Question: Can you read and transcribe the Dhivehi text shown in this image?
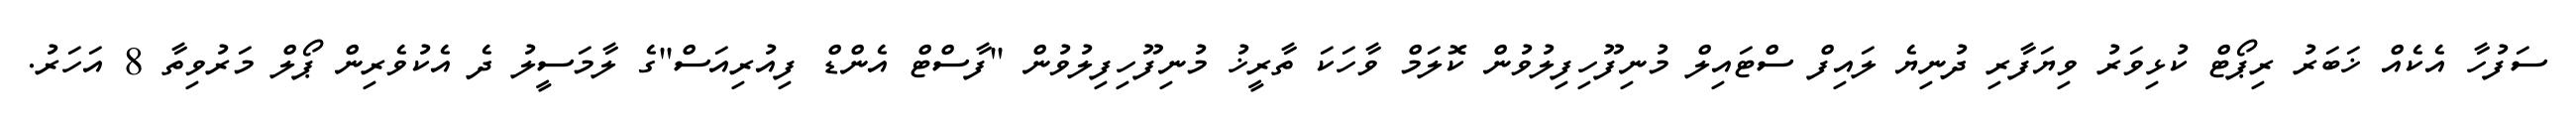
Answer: ސަފުހާ އެކެއް ޚަބަރު ރިޕޯޓް ކުޅިވަރު ވިޔަފާރި ދުނިޔެ ލައިފް ސްޓައިލް މުނިފޫހިފިލުވުން ކޮލަމް ވާހަކަ ތާރީޚު މުނިފޫހިފިލުވުން ''ފާސްޓް އެންޑް ފިއުރިއަސް''ގެ ލާމަސީލު ދެ އެކުވެރިން ޕޯލް މަރުވިތާ 8 އަހަރު.